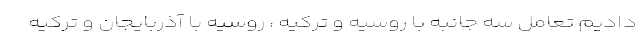
دادیم تعامل سه جانبه با روسیه و ترکیه ، روسیه با آذربایجان و ترکیه